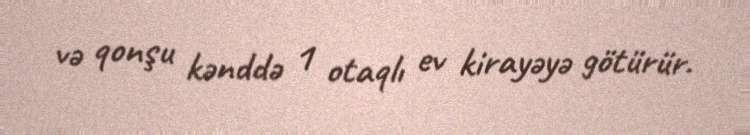
və qonşu kənddə 1 otaqlı ev kirayəyə götürür.